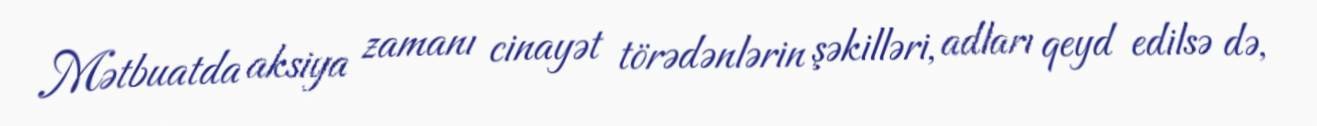
Mətbuatda aksiya zamanı cinayət törədənlərin şəkilləri, adları qeyd edilsə də,